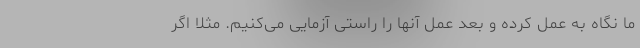
ما نگاه به عمل کرده و بعد عمل آنها را راستی آزمایی می‌کنیم. مثلا اگر